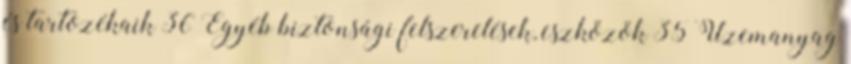
és tartozékaik 36 Egyéb biztonsági felszerelések, eszközök 35 Üzemanyag